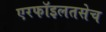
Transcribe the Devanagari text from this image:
एरफॉइलतसेच